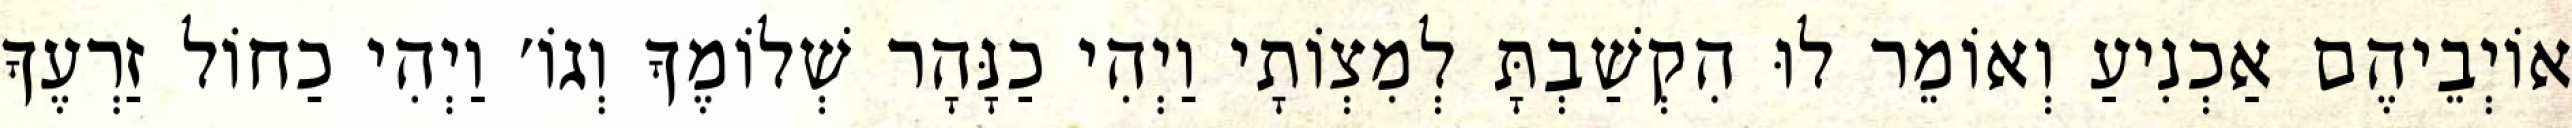
אוֹיְבֵיהֶם אַכְנִיעַ וְאוֹמֵר לוּ הִקְשַׁבְתָּ לְמִצְוֹתָי וַיְהִי כַנָּהָר שְׁלוֹמֶךָ וְגוֹ׳ וַיְהִי כַחוֹל זַרְעֶךָ